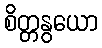
စိတ္တနွယော